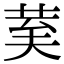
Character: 𮎾